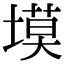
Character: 塻